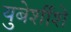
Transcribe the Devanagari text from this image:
युबेर्शीशे